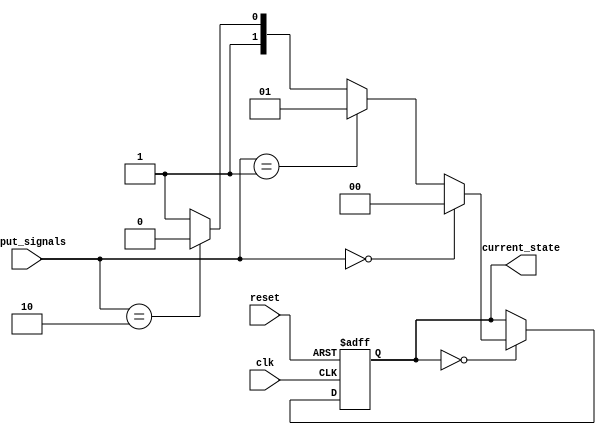
module sequencial_state_machine(
  input wire clk,
  input wire reset,
  input wire [1:0] input_signals,
  output reg [1:0] current_state
);

// State encoding using binary encoding
parameter STATE_A = 2'b00;
parameter STATE_B = 2'b01;
parameter STATE_C = 2'b10;
parameter STATE_D = 2'b11;

always @ (posedge clk or posedge reset) begin
  if (reset) begin
    current_state <= STATE_A;
  end else begin
    case (current_state)
      STATE_A: begin
        if (input_signals == 2'b00) current_state <= STATE_A;
        else if (input_signals == 2'b01) current_state <= STATE_B;
        else if (input_signals == 2'b10) current_state <= STATE_C;
        else current_state <= STATE_D;
      end
      
      STATE_B: begin
        // Define transitions for STATE_B here
      end
      
      STATE_C: begin
        // Define transitions for STATE_C here
      end
      
      STATE_D: begin
        // Define transitions for STATE_D here
      end
    endcase
  end
end

endmodule